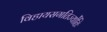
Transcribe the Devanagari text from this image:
विहायसगतिर्ज्योतिः